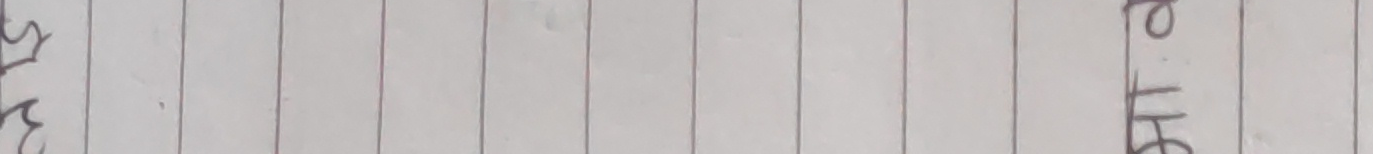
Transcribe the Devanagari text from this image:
मरस ०१६